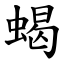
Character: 蝎